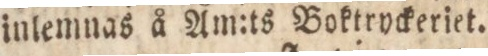
inlemnas å Am:ts Boktryckeriet.